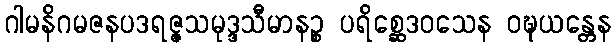
ဂါမနိဂမဇနပဒရဇ္ဇသမုဒ္ဒသီမာနဉ္စ ပရိစ္ဆေဒဝသေန ဝဍ္ဎယန္တေန